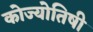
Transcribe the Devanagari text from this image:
कोज्योतिषी